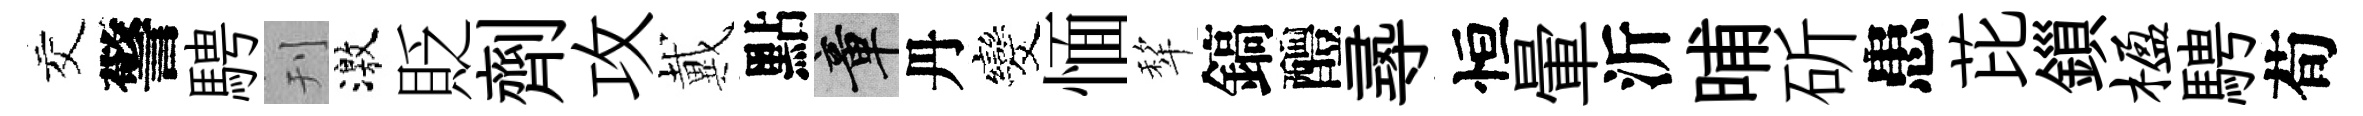
交警騁刊激貶劑攻戴點章丹发愐犂鎬醴𡬶恒暈沂晡斫患芘鎻楹騁荀